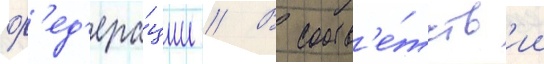
ф'ед'ера́ции // В соотв'е́тств'ии